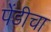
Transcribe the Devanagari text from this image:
पेंडीचा